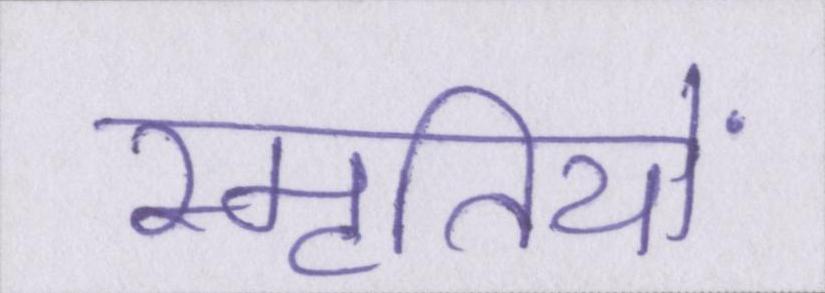
स्मृतियों